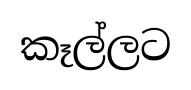
කෑල්ලට